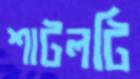
শাটলটি